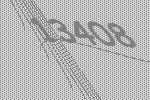
13408